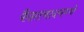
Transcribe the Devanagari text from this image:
फैझाबादमध्ये